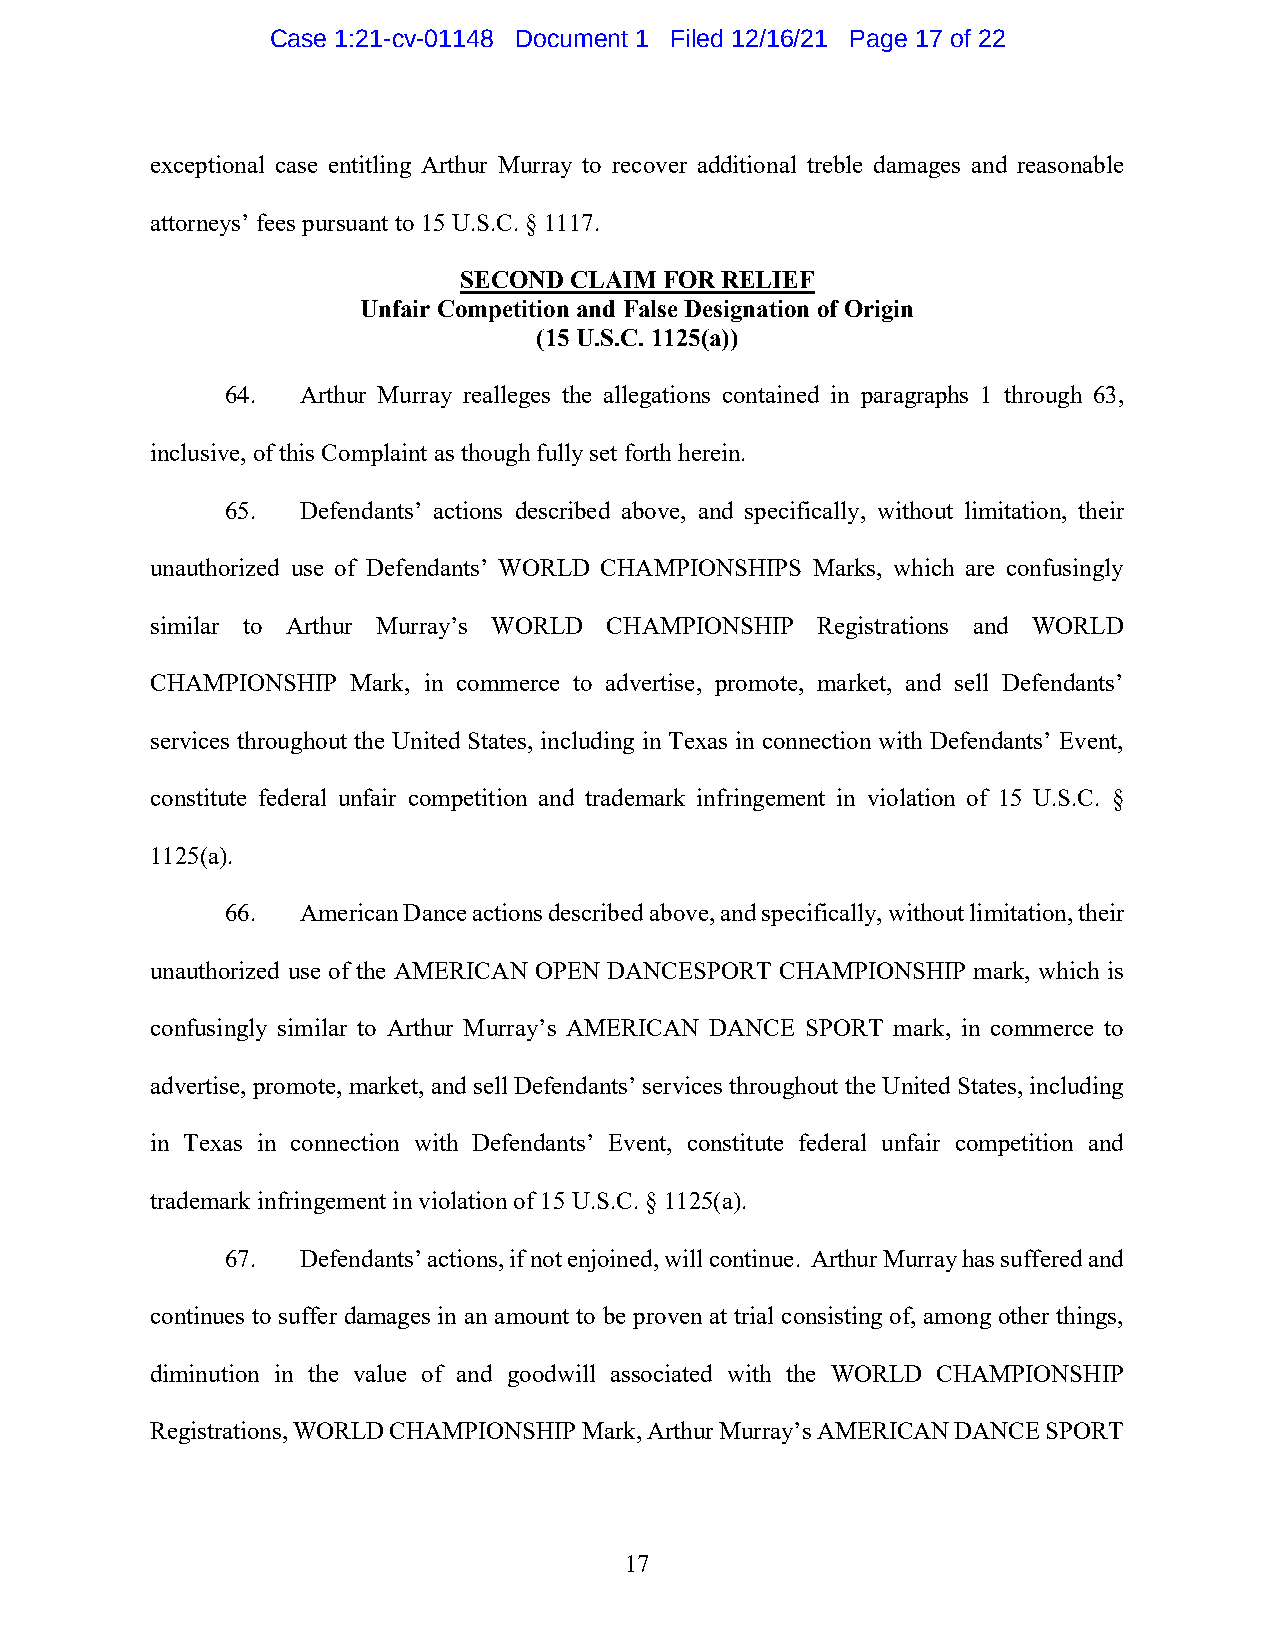
Case 1:21-cv-01148 Document 1 Filed 12/16/21 Page 17 of 22
 exceptional case entitling Arthur Murray to recover additional treble damages and reasonable
 attorneys’ fees pursuant to 15 U.S.C. § 1117.
 SECOND  CLAIM FOR RELIEF
 Unfair Competition and False Designation of Origin
 (15 U.S.C. 1125(a))
 64.  Arthur Murray realleges the allegations contained in paragraphs 1 through 63,
 inclusive, of this Complaint as though fully set forth herein.
 65.  Defendants’ actions described above, and specifically, without limitation, their
 unauthorized use of Defendants’ WORLD CHAMPIONSHIPS Marks, which are confusingly
 similar to Arthur Murray’s WORLD CHAMPIONSHIP Registrations and WORLD
 CHAMPIONSHIP Mark, in commerce to advertise, promote, market, and sell Defendants’
 services throughout the United States, including in Texas in connection with Defendants’ Event,
 constitute federal unfair competition and trademark infringement in violation of 15 U.S.C. §
 1125(a).
 66.  American Dance actions described above, and specifically, without limitation, their
 unauthorized use of the AMERICAN OPEN DANCESPORT CHAMPIONSHIP mark, which is
 confusingly similar to Arthur Murray’s AMERICAN DANCE SPORT mark, in commerce to
 advertise, promote, market, and sell Defendants’ services throughout the United States, including
 in Texas in connection with Defendants’ Event, constitute federal unfair competition and
 trademark infringement in violation of 15 U.S.C. § 1125(a).
 67.  Defendants’ actions, if not enjoined, will continue. Arthur Murray has suffered and
 continues to suffer damages in an amount to be proven at trial consisting of, among other things,
 diminution in the value of and goodwill associated with the WORLD CHAMPIONSHIP
 Registrations, WORLD CHAMPIONSHIP Mark, Arthur Murray’s AMERICAN DANCE SPORT
 17